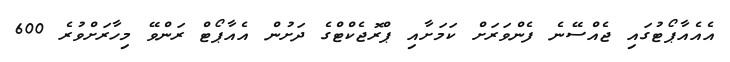
އެއެއާޕޯޓުގައި ޖެއްސޭނެ ފެންވަރަށް ކަމަށާއި ޕްރޮޖެކްޓްގެ ދަށުން އެއާޕޯޓް ރަންވޭ މިހާރަށްވުރެ 600